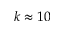
k \approx 1 0